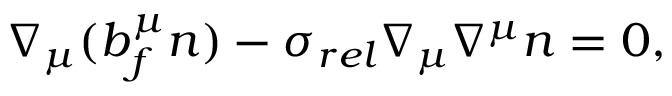
\nabla _ { \mu } ( b _ { f } ^ { \mu } n ) - \sigma _ { r e l } \nabla _ { \mu } \nabla ^ { \mu } n = 0 ,